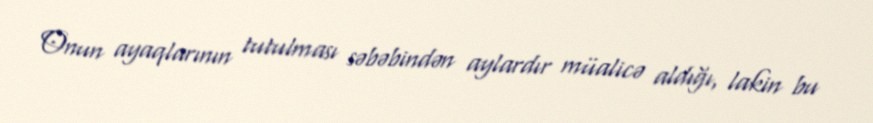
Onun ayaqlarının tutulması səbəbindən aylardır müalicə aldığı, lakin bu